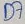
Text: D7